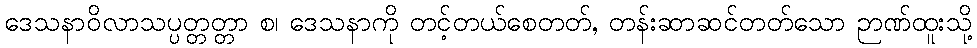
ဒေသနာဝိလာသပ္ပတ္တတ္တာ စ၊ ဒေသနာကို တင့်တယ်စေတတ်, တန်းဆာဆင်တတ်သော ဉာဏ်ထူးသို့